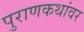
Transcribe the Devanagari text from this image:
पुराणकथांवर